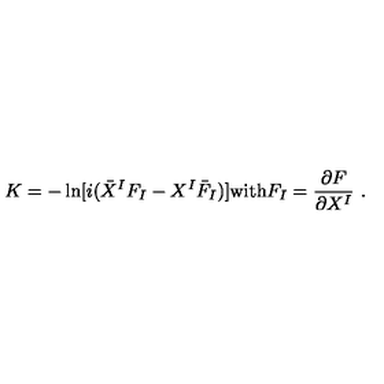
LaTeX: K = - \ln [ i ( \bar { X } ^ { I } F _ { I } - X ^ { I } { \bar { F } } _ { I } ) ] \mathrm { w i t h } F _ { I } = \frac { \partial F } { \partial X ^ { I } } \ .